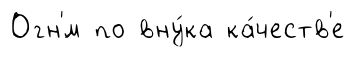
Огн'́м по вну́ка ка́честв'е